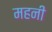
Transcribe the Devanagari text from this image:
महनी